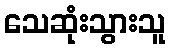
သေဆုံးသွားသူ